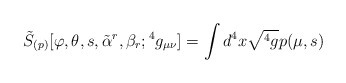
\begin{align*}{\tilde S}_{(p)}[\varphi ,\theta ,s,{\tilde\alpha}^r,\beta_r;{}^4g_{\mu\nu}]=\int d^4x\sqrt{{}^4g} p(\mu ,s)\end{align*}